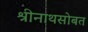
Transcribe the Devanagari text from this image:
श्रीनाथसोबत